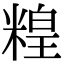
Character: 䊗